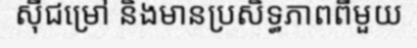
ស៊ីជម្រៅ និងមានប្រសិទ្ធភាពពីមួយ